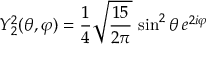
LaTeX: Y _ { 2 } ^ { 2 } ( \theta , \varphi ) = { \frac { 1 } { 4 } } { \sqrt { \frac { 1 5 } { 2 \pi } } } \, \sin ^ { 2 } \theta \, e ^ { 2 i \varphi }